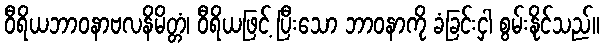
ဝီရိယဘာဝနာဗလနိမိတ္တံ၊ ဝီရိယဖြင့် ပြီးသော ဘာဝနာကို ခံခြင်းငှါ စွမ်းနိုင်သည်။